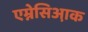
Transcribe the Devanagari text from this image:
एम्नेसिआ़क